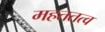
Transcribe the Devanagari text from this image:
महततत्व